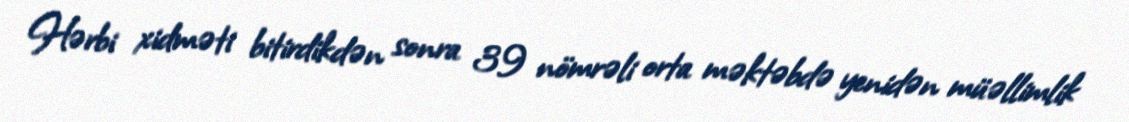
Hərbi xidməti bitirdikdən sonra 39 nömrəli orta məktəbdə yenidən müəllimlik